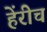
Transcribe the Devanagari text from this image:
हेंरीच